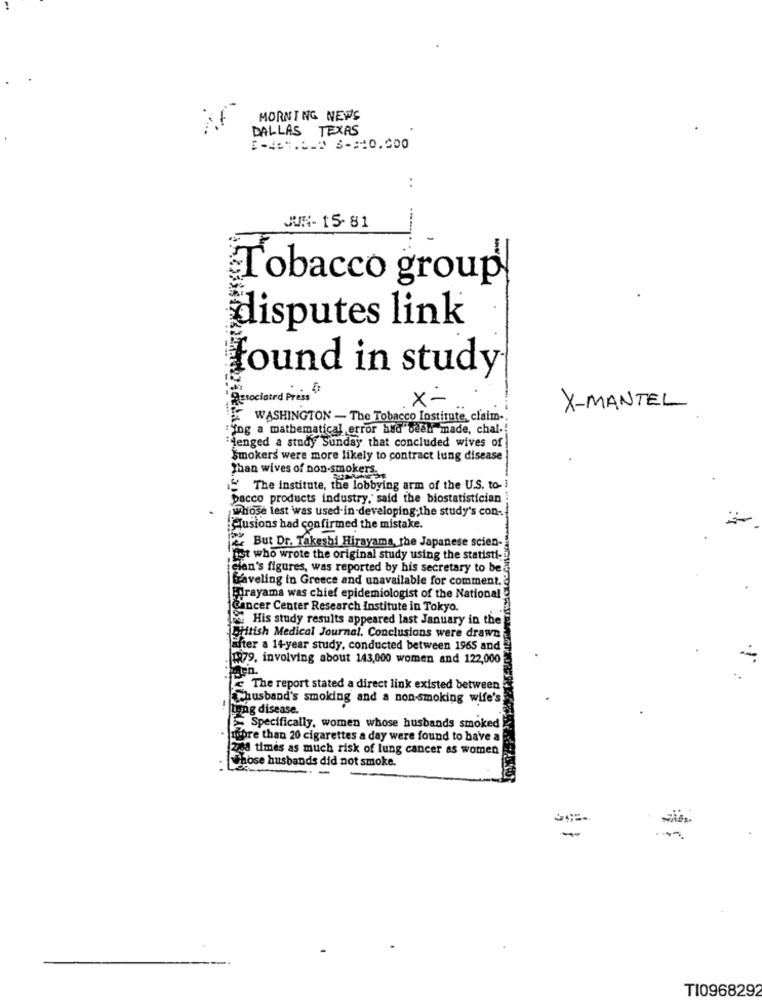
MORNING NEWS
DALLAS TEXAS
E-461.6- 3-10.000
JUN- 15- 81
Tobacco group
disputes link
found in study
Associated Pres
X-
X-MANTEL
WASHINGTON - The Tobacco Institute, claim-
:ing a mathematical error had been made, chal-
denged a study Sunday that concluded wives of
Smokers were more likely to contract lung disease
Than wives of non-smokers.
The Institute, the lobbying arm of the U.S. to-
pacco products industry, said the biostatistician
Whose lest was used-in-developing; the study's con-
Fusions had confirmed the mistake.
But Dr. Takeshi Hirayama, the Japanese scien-
"ist who wrote the original study using the statisti-
cian's figures, was reported by his secretary to be
aveling in Greece and unavailable for comment.
Frayama was chief epidemiologist of the National
Cancer Center Research institute in Tokyo.
His study results appeared last January in the
British Medical Journal. Conclusions were drawn
after a 14-year study, conducted between 1965 and
179. involving about 143,000 women and 122,000
The report stated a direct link existed between
husband's smoking and a non-smoking wife's
bring disease.
Specifically, women whose husbands smoked
more than 20 cigarettes a day were found to have a
2748 times as much risk of lung cancer as women
whose husbands did not smoke.
T10968292